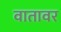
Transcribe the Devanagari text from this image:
वातावर